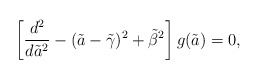
\begin{align*}\left [ {d^2\over d{\tilde a}^2} -(\tilde a-{\tilde \gamma})^2 + {\tilde \beta}^2 \right]g(\tilde a) = 0,\end{align*}